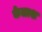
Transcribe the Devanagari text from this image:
केलाश